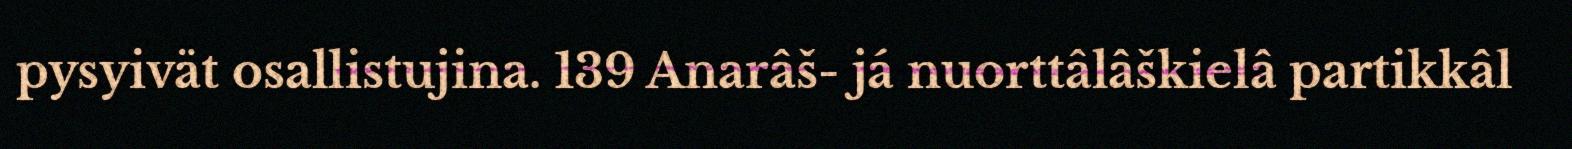
pysyivät osallistujina. 139 Anarâš- já nuorttâlâškielâ partikkâl